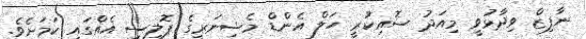
ނާފިޒް ވިދާޅުވީ މިއަދު ސޮއިކުރީ ހަލް އެންޑް މެޝިނަރީގެ ޕޮލިސީ އެއްގައި ކަމަށެވެ.